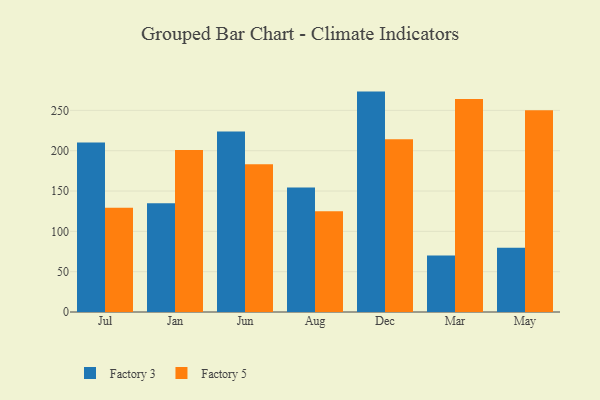
{"axis": {"x": "Month", "y": "Waste Production (Tons)"}, "legend": ["Factory 3", "Factory 5"], "data": [{"x": "Jul", "y": 210.2, "type": "Factory 3"}, {"x": "Jul", "y": 129.2, "type": "Factory 5"}, {"x": "Jan", "y": 135.0, "type": "Factory 3"}, {"x": "Jan", "y": 200.9, "type": "Factory 5"}, {"x": "Jun", "y": 223.8, "type": "Factory 3"}, {"x": "Jun", "y": 183.2, "type": "Factory 5"}, {"x": "Aug", "y": 154.5, "type": "Factory 3"}, {"x": "Aug", "y": 125.0, "type": "Factory 5"}, {"x": "Dec", "y": 273.3, "type": "Factory 3"}, {"x": "Dec", "y": 214.2, "type": "Factory 5"}, {"x": "Mar", "y": 70.0, "type": "Factory 3"}, {"x": "Mar", "y": 264.1, "type": "Factory 5"}, {"x": "May", "y": 79.8, "type": "Factory 3"}, {"x": "May", "y": 250.2, "type": "Factory 5"}]}